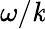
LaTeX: \omega/\mathit{k}